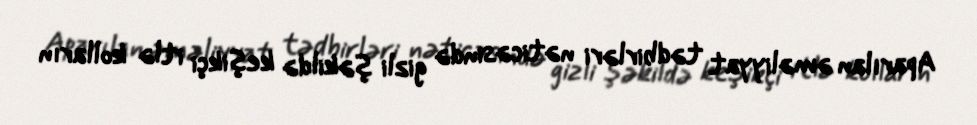
Aparılan əməliyyat tədbirləri nəticəsində gizli şəkildə keşikçi itlə kolların